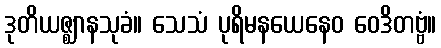
ဒုတိယဇ္ဈာနသုခံ။ သေသံ ပုရိမနယေနေဝ ဝေဒိတဗ္ဗံ။